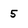
Character: 5